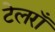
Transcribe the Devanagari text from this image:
टेलराँ